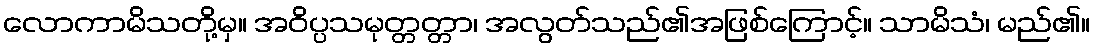
လောကာမိသတို့မှ။ အဝိပ္ပသမုတ္တတ္တာ၊ အလွတ်သည်၏အဖြစ်ကြောင့်။ သာမိသံ၊ မည်၏။